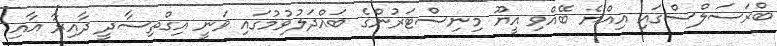
ބްރަސަލްސްގައި އިއްޔެ ބޭއްވި އީޔޫ މިނިސްޓަރުންގެ ބައްދަލުވުމުގައި ވަނީ އިގްތިސާދީ ދާއިރާ އާއި